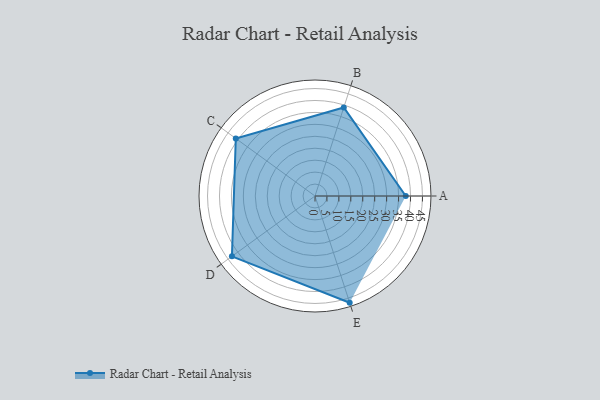
{"axis": {"x": "Skill", "y": "Score"}, "legend": ["Profile"], "data": [{"x": "A", "y": 38.0, "type": "Profile"}, {"x": "B", "y": 39.0, "type": "Profile"}, {"x": "C", "y": 41.0, "type": "Profile"}, {"x": "D", "y": 43.0, "type": "Profile"}, {"x": "E", "y": 47.0, "type": "Profile"}]}